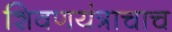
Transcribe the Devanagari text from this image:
शिवणयंत्राचाच